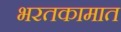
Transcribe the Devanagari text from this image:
भरतकामात